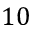
1 0